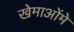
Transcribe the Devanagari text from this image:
खेमाओंमे